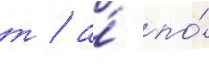
т / а́ по́